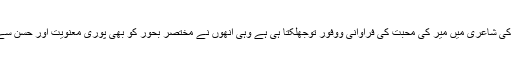
افتخارؔ مغل کی شاعری میں میرؔ کی محبت کی فراوانی ووفور توجھلکتا ہی ہے وہی انھوں نے مختصر بحور کو بھی پوری معنویت اور حسن سے برتا ہے ۔